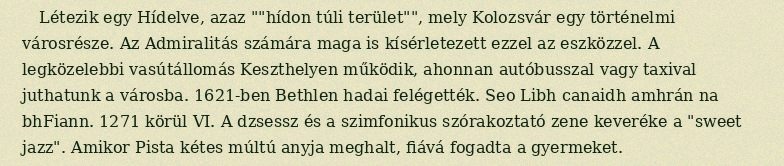
Létezik egy Hídelve, azaz ""hídon túli terület"", mely Kolozsvár egy történelmi városrésze. Az Admiralitás számára maga is kísérletezett ezzel az eszközzel. A legközelebbi vasútállomás Keszthelyen működik, ahonnan autóbusszal vagy taxival juthatunk a városba. 1621-ben Bethlen hadai felégették. Seo Libh canaidh amhrán na bhFiann. 1271 körül VI. A dzsessz és a szimfonikus szórakoztató zene keveréke a "sweet jazz". Amikor Pista kétes múltú anyja meghalt, fiává fogadta a gyermeket.